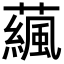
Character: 𧁯